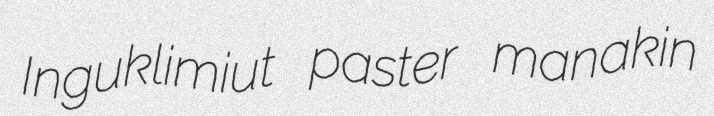
Inguklimiut paster manakin